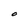
Character: O